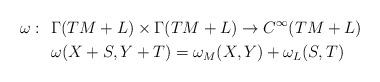
LaTeX: \begin{align*}\omega: \ \ &\Gamma(TM+ L)\times\Gamma(TM+ L)\rightarrow C^\infty(TM+ L)\\&\omega(X+S,Y+T)=\omega_M(X,Y)+\omega_L(S,T)\end{align*}